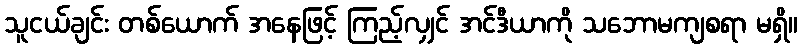
သူငယ်ချင်း တစ်ယောက် အနေဖြင့် ကြည့်လျှင် အင်ဒီယာကို သဘောမကျစရာ မရှိ။